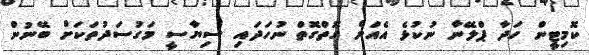
ކޮމިޓީން ހަދާ ޕްލޭނާ ނުކުޅެ އެއަށް ގޮތްގޮތް ނުހަދައި ސިޔާސީ މަގުސަދުތަކަށް ބޭނުން